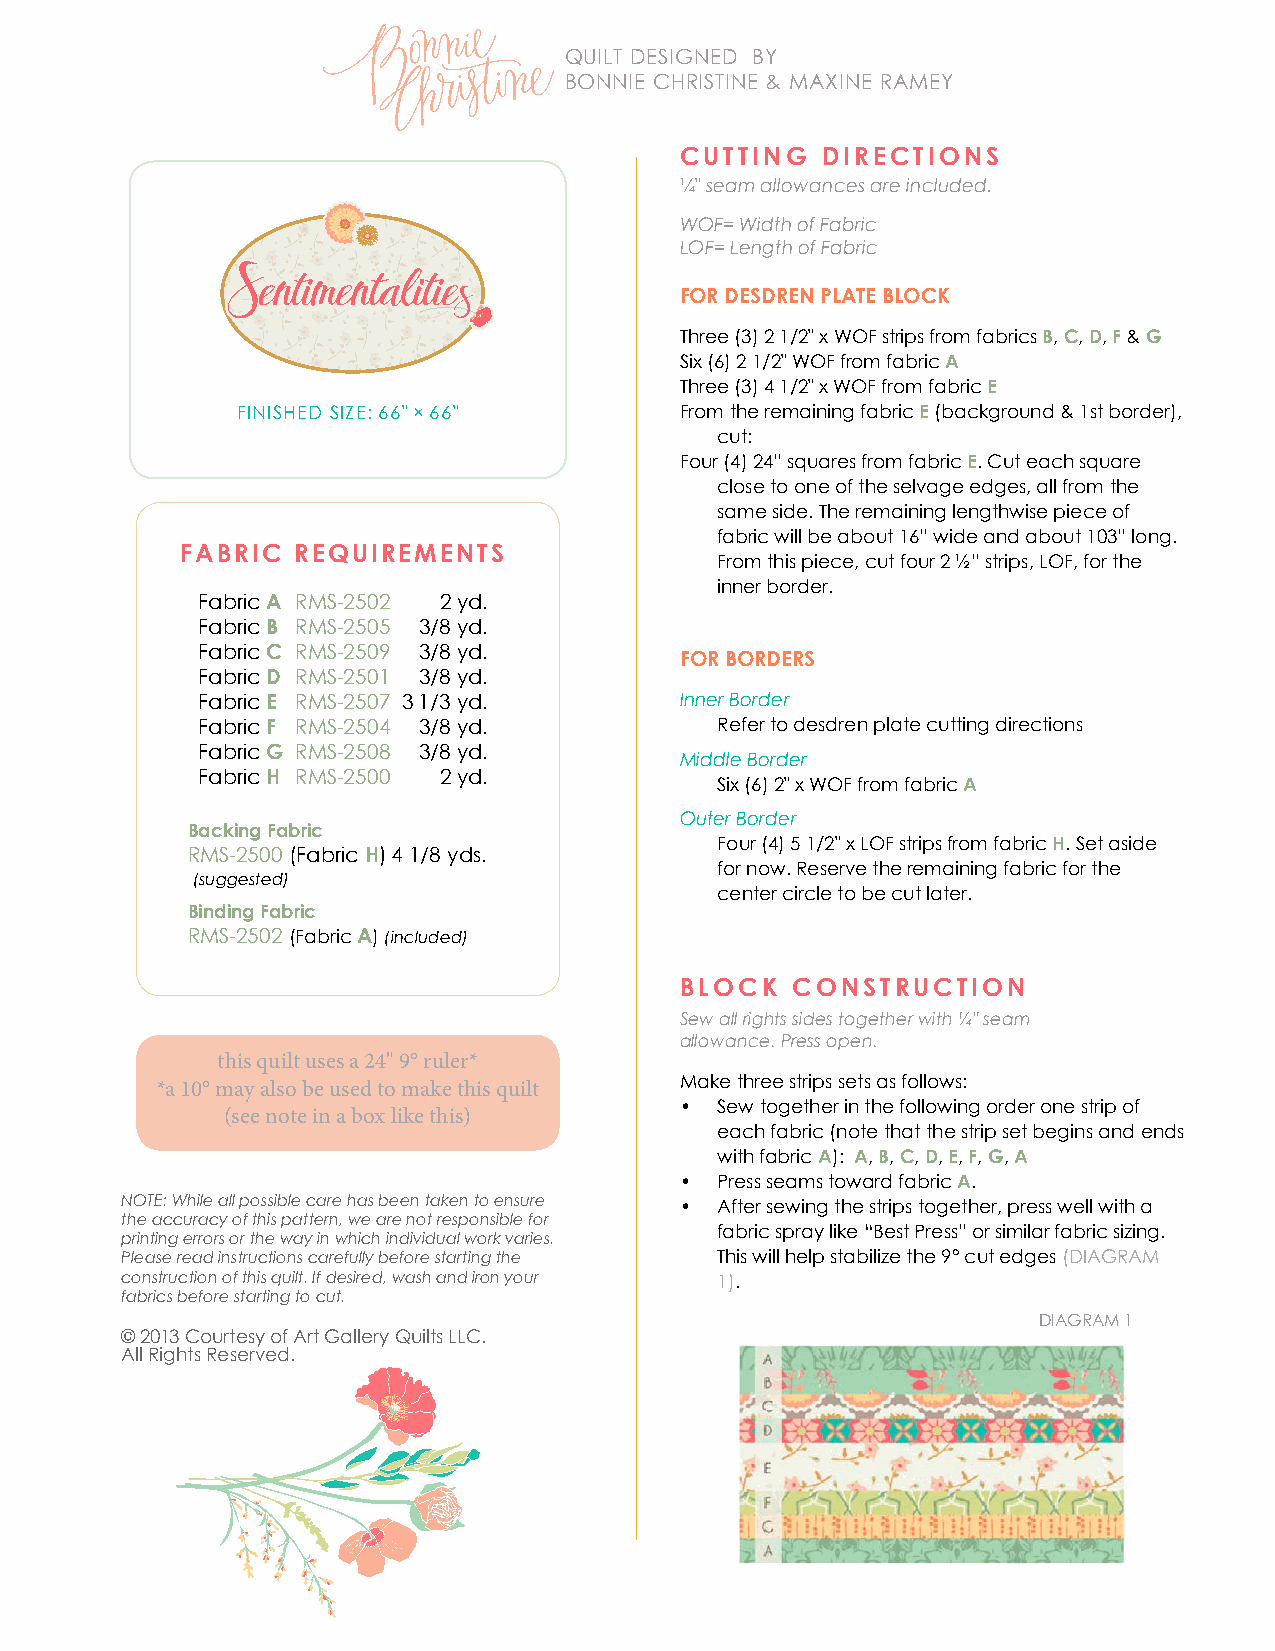
QUILT DESIGNED BY
 BONNIE ChRISTINE & MAXINE RAMEY
 CUTTING  DIRECTIONS
 ¼" seam allowances are included.
 WOF= Width of Fabric
 LOF= Length of Fabric
 FOR DESDREN PLATE BLOCK
 Three (3) 2 1/2" x WOF strips from fabrics B, C, D, F & G
 Six (6) 2 1/2" WOF from fabric A
 Three (3) 4 1/2" x WOF from fabric E
 FINIShED SIzE: 66" × 66"     From the remaining fabric E (background & 1st border),
 cut:
 Four (4) 24” squares from fabric E. Cut each square
 close to one of the selvage edges, all from the
 same side. The remaining lengthwise piece of
 fabric will be about 16” wide and about 103” long.
 FABRIC REQUIREMENTS
 From this piece, cut four 2 ½” strips, LOF, for the
 inner border.
 Fabric A R MS-2502 2 yd.
 Fabric B R MS-2505 3/8 yd.
 Fabric C R MS-2509 3/8 yd.
 FOR BORDERS
 Fabric D RMS-2501 3/8 yd.
 Fabric E RMS-2507 3 1/3 yd.     Inner Border
 Fabric F RMS-2504 3/8 yd.         Refer to desdren plate cutting directions
 Fabric G RMS-2508 3/8 yd.
 Middle Border
 Fabric H R MS-2500 2 yd.
 Six (6) 2" x WOF from fabric A
 Outer Border
 Backing Fabric
 Four (4) 5 1/2" x LOF strips from fabric H. Set aside
 RMS-2500 (Fabric H) 4 1/8 yds.
 for now. Reserve the remaining fabric for the
 (suggested)
 center circle to be cut later.
 Binding Fabric
 RMS-2502 (Fabric A) (included)
 BLOCK  CONSTRUCTION
 Sew all rights sides together with ¼" seam
 allowance. Press open.
 this quilt uses a 24" 9° ruler*
 *a 10° may also be used to make this quilt Make three strips sets as follows:
 • Sew together in the following order one strip of
 (see note in a box like this)
 each fabric (note that the strip set begins and ends
 with fabric A): A, B, C, D, E, F, G, A
 • Press seams toward fabric A.
 NOTE: While all possible care has been taken to ensure • After sewing the strips together, press well with a
 the accuracy of this pattern, we are not responsible for
 fabric spray like “Best Press” or similar fabric sizing.
 printing errors or the way in which individual work varies.
 Please read instructions carefully before starting the This will help stabilize the 9° cut edges (DIAGRAM
 construction of this quilt. If desired, wash and iron your 1).
 fabrics before starting to cut.
 DIAGRAM 1
 © 2013 Courtesy of Art Gallery Quilts LLC.
 All Rights Reserved.